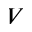
V